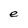
Character: e